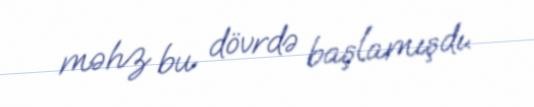
məhz bu dövrdə başlamışdı.